Plague in India, 1896, 1897 - Volume 3
Year: 1896
Disease focus: Plague
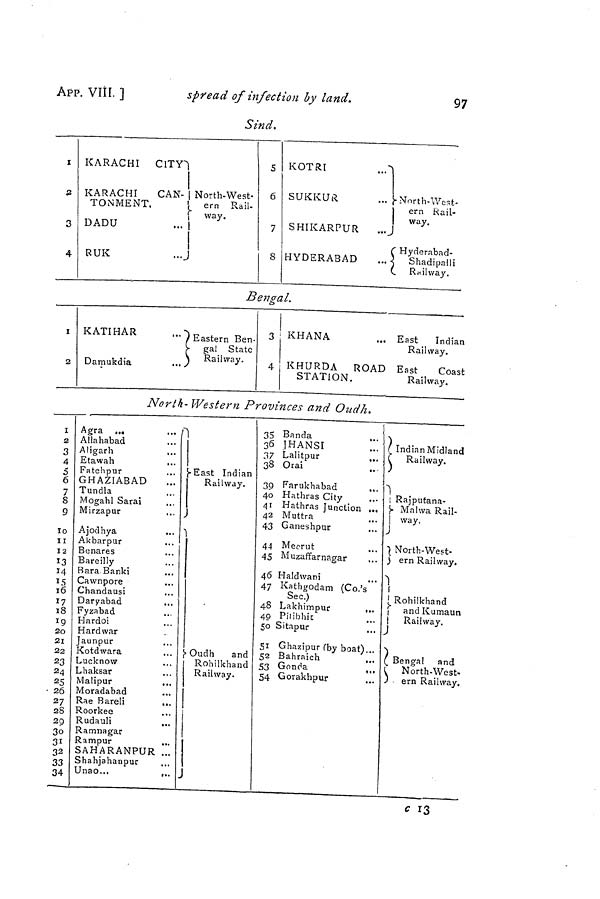
APP. VIII. ]
spread of infection by land.
97
Sind,
I
2
3
4
KARACHI
ClTY
KARACHI
CAN-
TONMENT.
DADU
RUK
North-West-
ern Rail-
way.
S
6
7
8
KOTRI
...
SUKKUR
SHIKARPUR
HYDERABAD
|North-West ern Kail-
way.
j
Í
Hyderabad-
Shadipalli
Railway.
Bengal.
i
2
KATIHAR
Damukdia
Eastern Ben-
gal State
Railway.
3
4
KHANA
KHURDA
ROAD
STATION.
East
Indian
Railway.
East
Coast
Railway.
North- Western Provinces and Oudh.
1
2
3
4
5
6
7
S
9
10
11
12
13
14
15
16
17
18
Ï9
20
21
22
23
24
25
• 26
27
28
29
3o
31
32
33
34
Agra ...
Allahabad
Aligarh
Etawah
...
Fatehpur
GHAZIABAD
Tundía
Mogahl Sarai
Mirzapur
Ajodhya
Akbarpur
Benares
Bareilly
Bara Banki
Cawnpore
...
Chandausi
Daryabad
Fyzabad
Hardoi
Hard war
Jaunpur
Kotdwara
Lucknow
Lhaksar
Malipur
...
Moradabad
Rae Bareli
...
Roorkee
Rudauli
...
Ramnagar
Rampur
SAHARANPUR ...
Shahjahanpur
..
Unao...
...
East Indian
Railway.
)
udh
anc
Rohilkhand
Railway.
J
35
36
37
33
39
40
4i
42
43
44
45
46
47
48
49
50
51
52
53
54
Banda
...
1HANSI
Lalitpur
,.,
Orai
Farukhabad
...
Hathras City
Hathras Junction ...
Muttra
Ganeshpur
...
Mecrut
Muzaffarnagar
Haldwani
Kathgodam (Co.'s
Sec.)
Lakhimpur
...
Pilibhic
Sitapur
Ghazipur (by boat)...
Bahraich
...
Gonda
,..
Gorakhpur
...
Indian Midland
Railway.
¡ Rajputana-
Malwa Rail-
| way.
J
North-West-
ern Railway.
Rohilkhand
and Kumaun
I Railway.
Bengal and
North-West.
ern Railway.